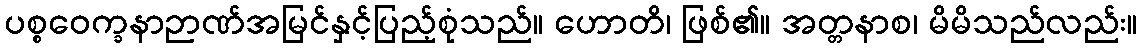
ပစ္စဝေက္ခနာဉာဏ်အမြင်နှင့်ပြည့်စုံသည်။ ဟောတိ၊ ဖြစ်၏။ အတ္တနာစ၊ မိမိသည်လည်း။